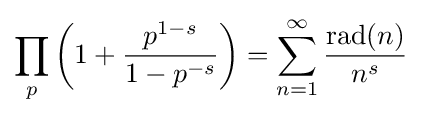
\prod _{p}\left(1+{\frac {p^{1-s}}{1-p^{-s}}}\right)=\sum _{n=1}^{\infty }{\frac {\operatorname {rad} (n)}{n^{s}}}